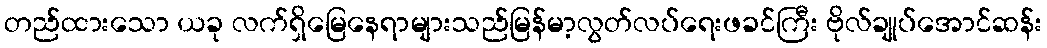
တည်ထားသော ယခု လက်ရှိမြေနေရာများသည်မြန်မာ့လွတ်လပ်ရေးဖခင်ကြီး ဗိုလ်ချုပ်အောင်ဆန်း